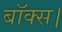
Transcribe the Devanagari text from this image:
बॉक्स।